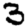
Digit: 3